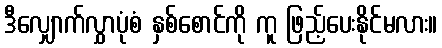
ဒီလျှောက်လွှာပုံစံ နှစ်စောင်ကို ကူ ဖြည့်ပေးနိုင်မလား။